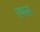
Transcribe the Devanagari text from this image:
रभस